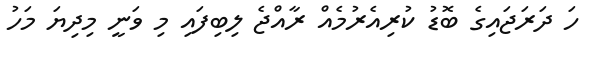
ހަ ދަރަޖައިގެ ބޮޑު ކުރިއެރުމެއް ރާއްޖެ ލިބިފައި މި ވަނީ މިދިޔަ މަހު